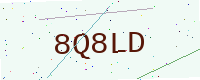
Text: 8Q8LD